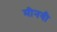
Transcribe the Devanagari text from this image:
मीनवी